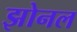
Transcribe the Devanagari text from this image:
झोनल